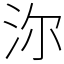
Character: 沵